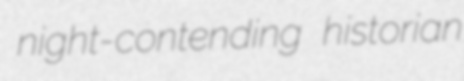
night-contending historian